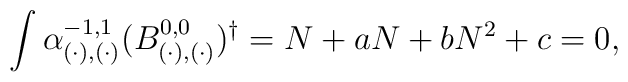
\int \alpha_{(\cdot), (\cdot)}^{-1,1} (B_{(\cdot),(\cdot)}^{0,0})^{\dagger}= N + a N + b N^2 + c = 0,